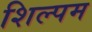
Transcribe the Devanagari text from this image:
शिल्पम